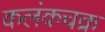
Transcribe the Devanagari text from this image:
कलंकचक्र